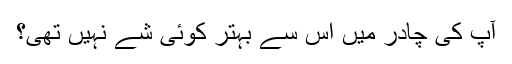
آپ کی چادر میں اِس سے بہتر کوئی شے نہیں تھی؟